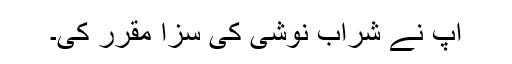
آپ نے شراب نوشی کی سزا مقرر کی۔